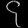
Digit: ၄